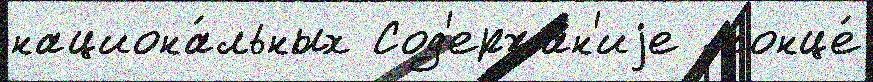
национа́льных Сод'ержа́н'иjе  конце́